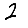
Digit: 2